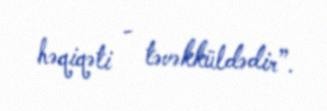
həqiqəti - təvəkküldədir”.